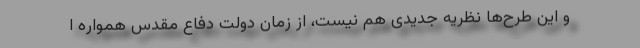
و این طرح‌ها نظریه جدیدی هم نیست، از زمان دولت دفاع مقدس همواره ا